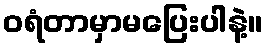
ဝရံတာမှာမပြေးပါနဲ့။